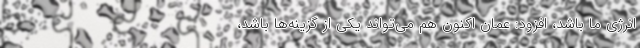
انرژی ما باشد، افزود: عمان اکنون هم می‌تواند یکی از گزینه‌ها باشد،